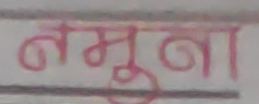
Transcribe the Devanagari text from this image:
नमूना